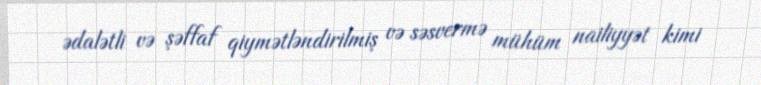
ədalətli və şəffaf qiymətləndirilmiş və səsvermə mühüm nailiyyət kimi